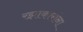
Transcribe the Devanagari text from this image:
रझाकारांना